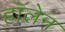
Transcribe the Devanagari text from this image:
हॉलेन